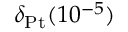
\delta _ { \mathrm { P t } } ( 1 0 ^ { - 5 } )